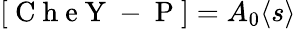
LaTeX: [\mathrm{~C~h~e~Y~-~P~}]=A_{0}\langle s\rangle